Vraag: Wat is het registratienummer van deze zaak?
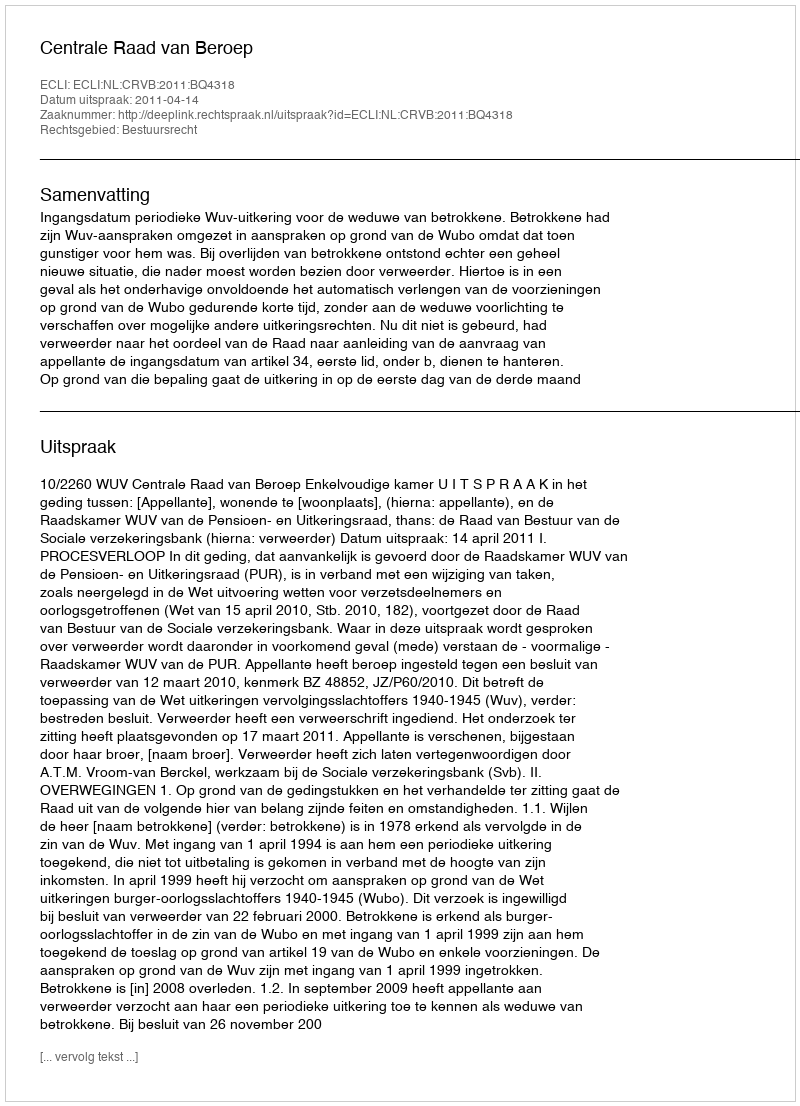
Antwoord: http://deeplink.rechtspraak.nl/uitspraak?id=ECLI:NL:CRVB:2011:BQ4318